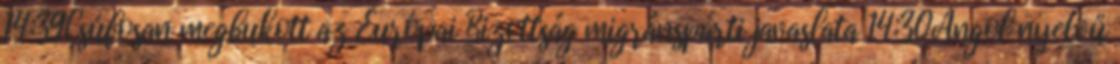
14:39Csúfosan megbukott az Európai Bizottság migránspárti javaslata 14:30Angol nyelvű